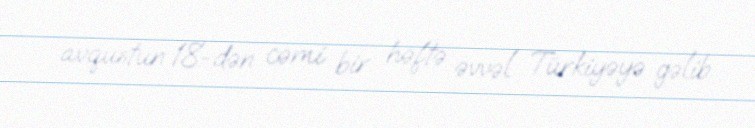
avqustun 18-dən cəmi bir həftə əvvəl Türkiyəyə gəlib.